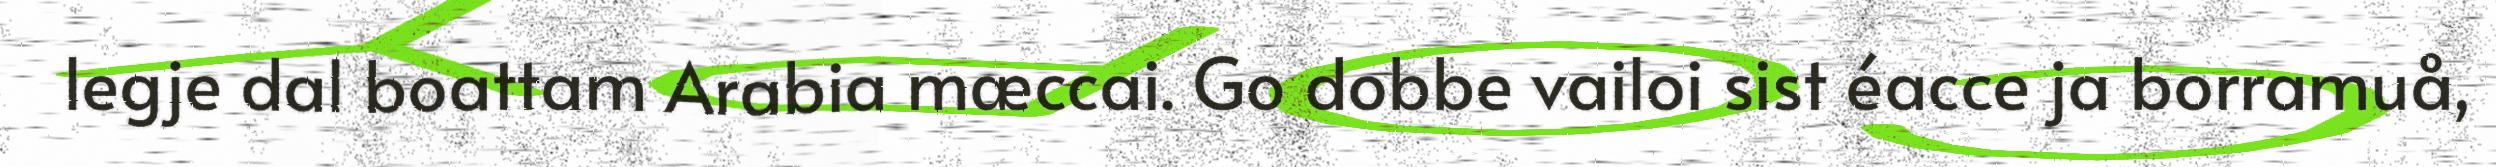
legje dal boattam Arabia mæccai. Go dobbe vailoi sist éacce ja borramuå,